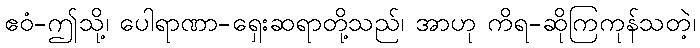
ဧဝံ-ဤသို့၊ ပေါရာဏာ-ရှေးဆရာတို့သည်၊ အာဟု ကိရ-ဆိုကြကုန်သတဲ့၊